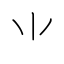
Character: ⺌